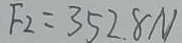
F _ { 2 } = 3 5 2 . 8 N